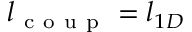
l _ { \mathrm { ~ c ~ o ~ u ~ p ~ } } = l _ { 1 D }